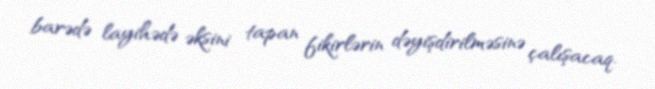
barədə layihədə əksini tapan fikirlərin dəyişdirilməsinə çalışacaq.